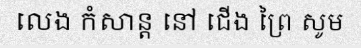
លេង កំសាន្ត នៅ ជើង ព្រៃ សូម